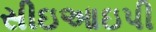
સીઇઆઇપી